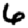
Digit: 6